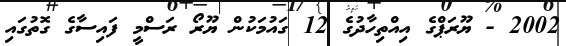
2002 - ޔޫރަޕްގެ އިއްތިހާދުގެ 12 ގައުމަކުން ޔޫރޯ ރަސްމީ ފައިސާގެ ގޮތުގައި